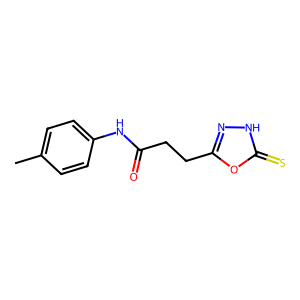
SMILES: Cc1ccc(NC(=O)CCc2n[nH]c(=S)o2)cc1
Inhibits HIV replication: No